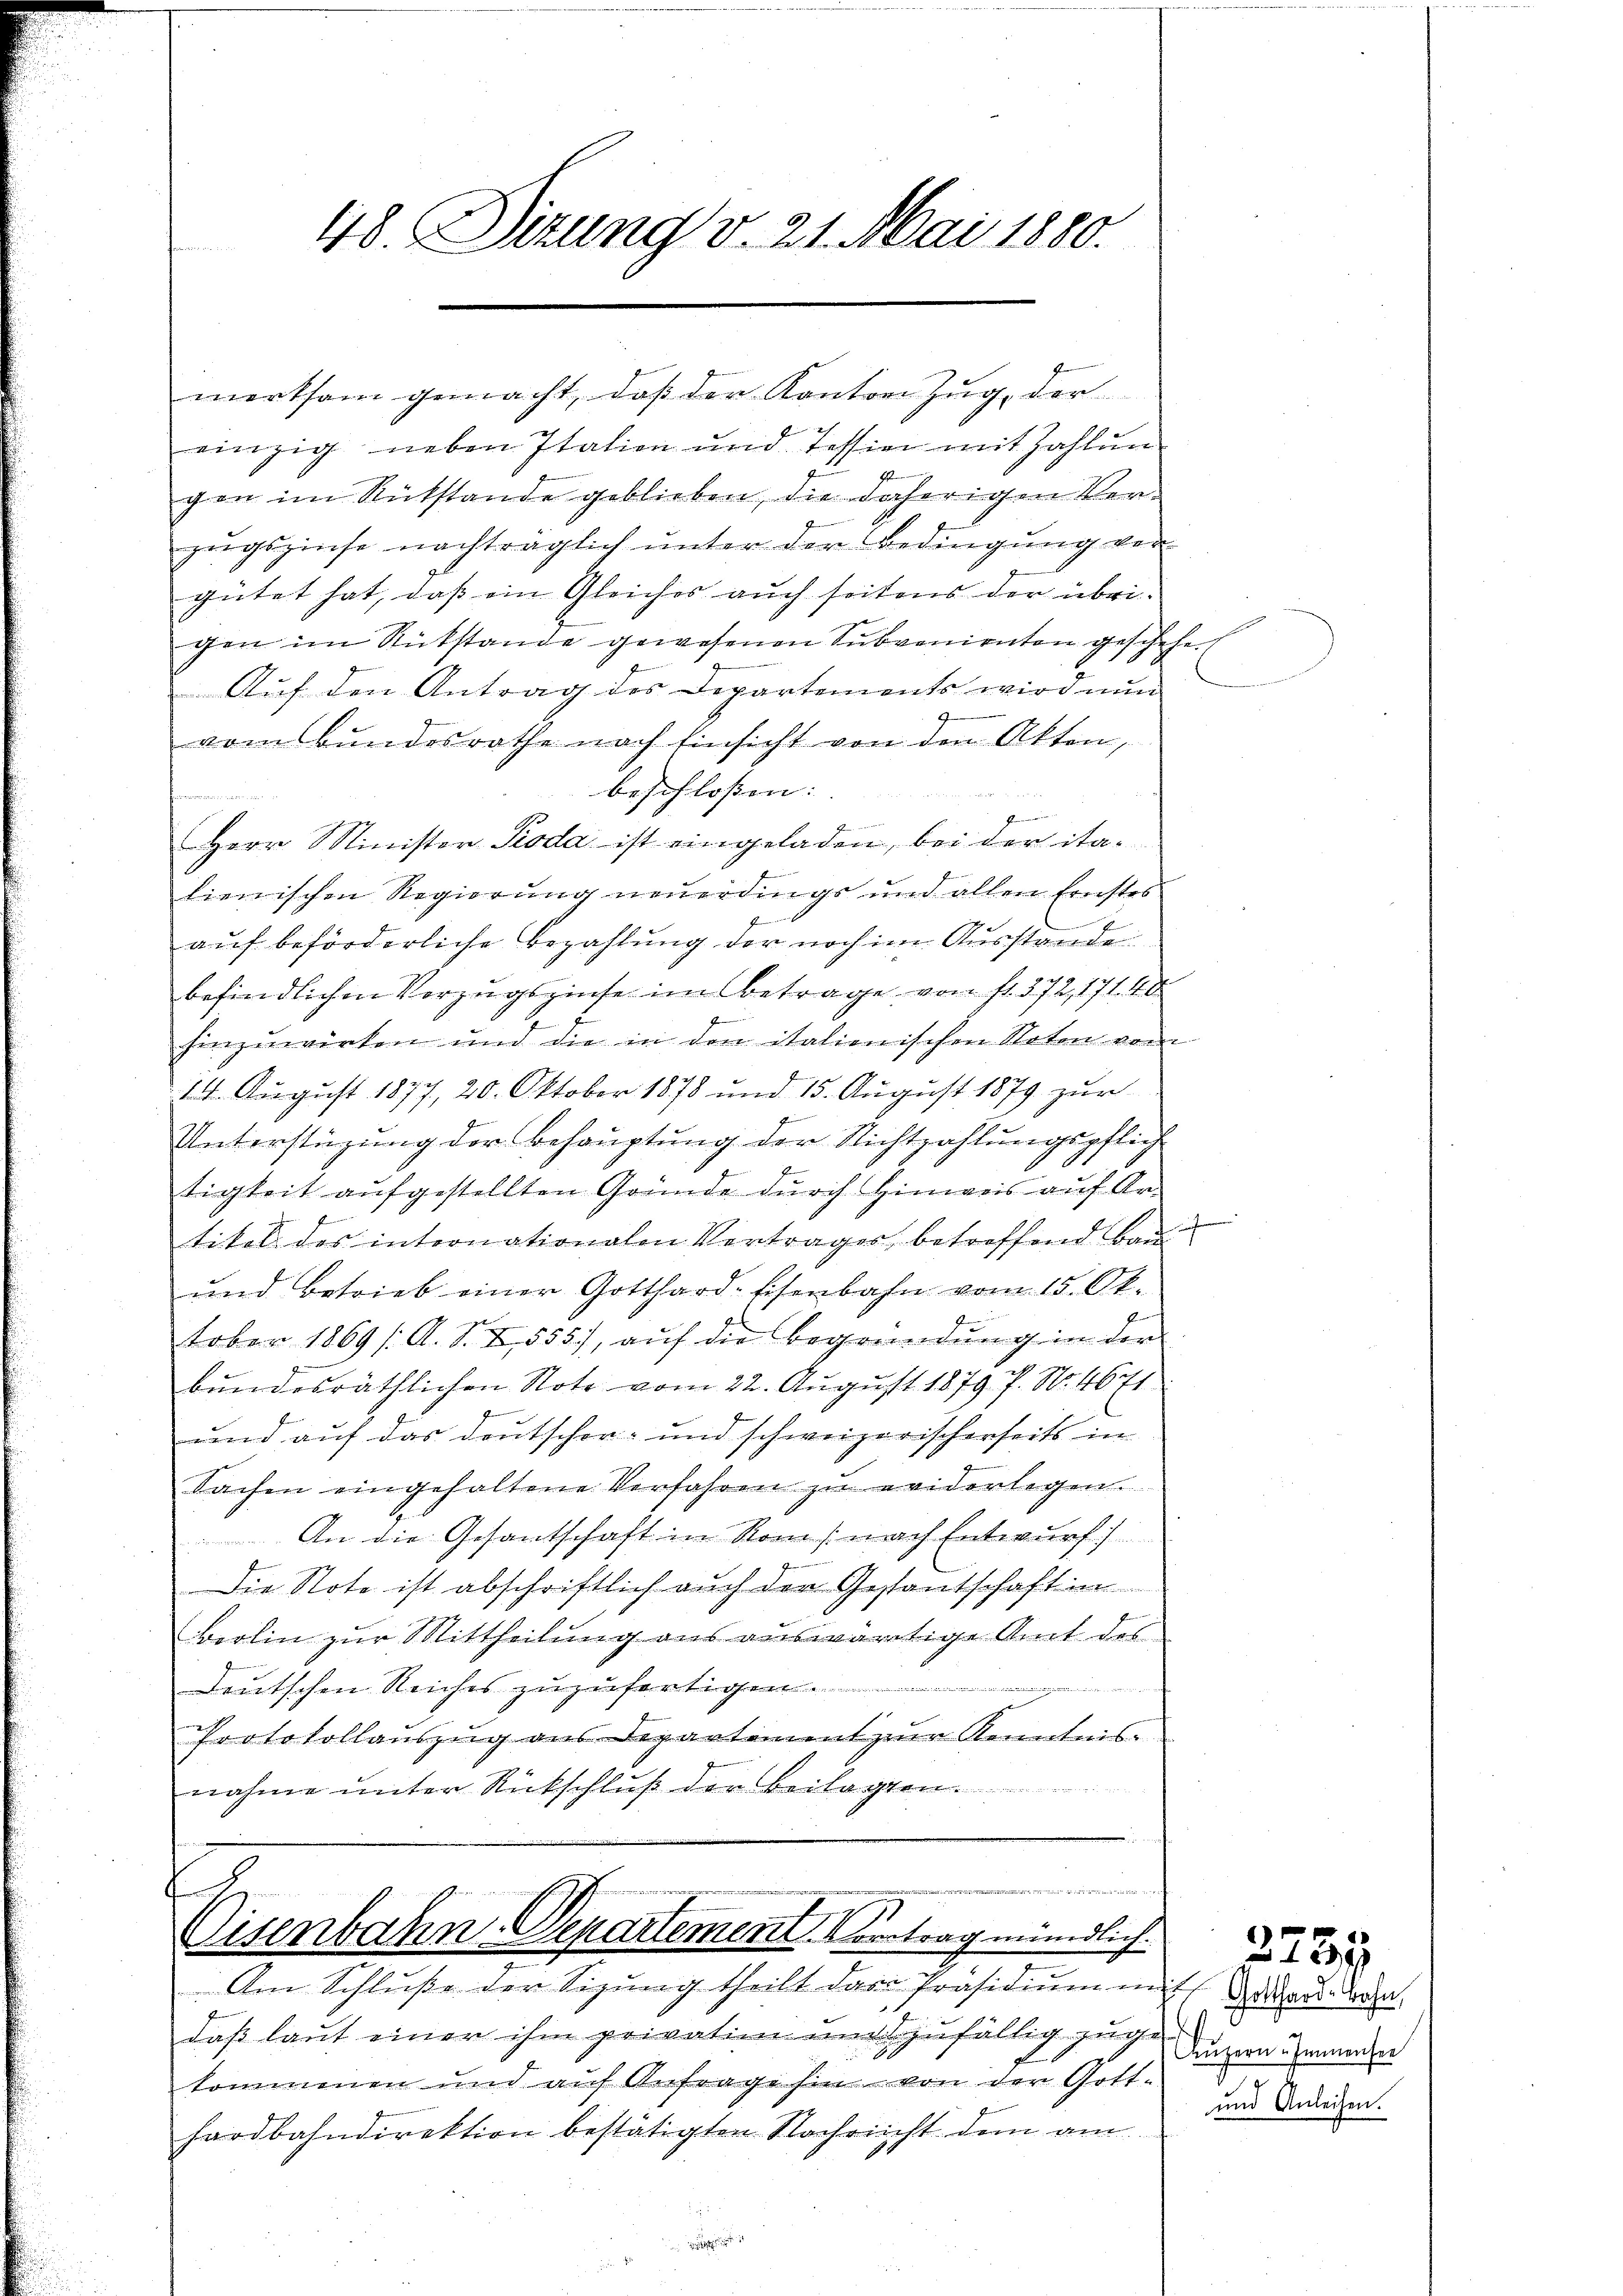
48. Sizung v. 21. Mai 1880.

merksam gemacht, daß der Kanton Zug, der
einzig neben Italien und Tession mit Zahlŭn
gen im Rückstande geblieben, die daherigen Ver-
zugszinse nachträglich unter der Bedingung von
gütet hat, daß ein Gleiches auch seitens der übrigen im Rükstande gewesenen Subvenienten geschehen
Auf den Antrag des Departements wird nun
vom Bundesrathe nach Einsicht von den Akten,
beschlossen: |
harin
wre
Herr Minister Pioda ist eingeladen, bei der ita-
lienischen Regierung neuerdings und allen Ernstes
auf beförderliche Bezahlung der noch im Ausstande
befindlichen Vorzugszinse im Betrage von fl. 372, 171. 40
hinzuwirken und die in den italienischen Noten vom
18. August 1877, 20. Oktober 1878 und 15. August 1879 zur
Unterstüzung der Behauptung der Nichtzahlungspflich
tigkeit aufgestellten Gründe durch Hinweis auf Ar-
tikel des internationalen Verträger betreffend Bau
und betrieb einer Gotthard-Eisenbahn vom 15. Ok-
tober 1869 /A. S. Z. 555, aŭf die Begründung in der
bundesräthlichen Note vom 22. August 1879 P. Nr. 4671
rund auf das Deutscher- und schweizerischerseits in
Sachen eingehaltene Verfahren zŭ eviderlegen.
An die Gesantschaft in Rom /: nach Entwurf
Die Note ist abschriftlich auch der Gestantschaft in
berlin zur Mittheilung aus auswärtige Amt des
Deutschen Reiches zuzufertigen..........
Protokollauszug aus Departement zur Kenntnis-
nahme unter Rückschluß der Beilagten.

m
n
t
Visenbahn-Departement. Vortrag mündlich
Am Schluße der Sizung theilt das Präsidium in

daß laut einer ihm privation und zufällig zuge
kommenen und auf Anfrage hin von der Gott-
hardbahndirektion bestätigten Nachricht dem am

f
Gotthard-Bahn,
Luzern Immensee
und Anleihen.

2731